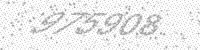
Solution: 975908